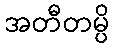
အတီတမ္ပိ